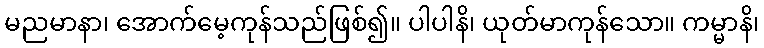
မညမာနာ၊ အောက်မေ့ကုန်သည်ဖြစ်၍။ ပါပါနိ၊ ယုတ်မာကုန်သော။ ကမ္မာနိ၊